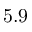
5 . 9